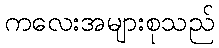
ကလေးအများစုသည်